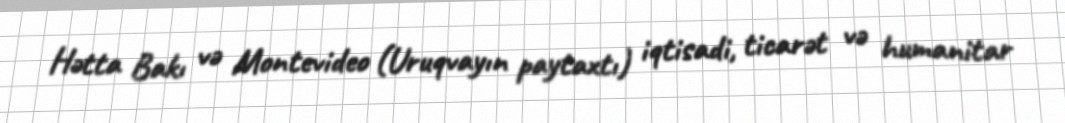
Hətta Bakı və Montevideo (Uruqvayın paytaxtı) iqtisadi, ticarət və humanitar